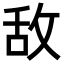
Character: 敌